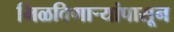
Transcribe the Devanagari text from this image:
मिळविणार्‍यांपासून